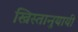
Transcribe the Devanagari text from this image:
ख्रिस्तानुयायी